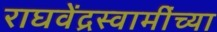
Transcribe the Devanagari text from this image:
राघवेंद्रस्वामींच्या